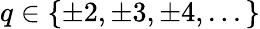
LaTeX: q\in\{ \pm 2,\pm 3,\pm 4,...\}